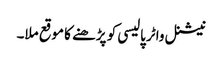
نیشنل واٹر پالیسی کو پڑھنے کا موقع ملا۔